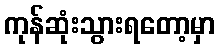
ကုန်ဆုံးသွားရတော့မှာ